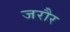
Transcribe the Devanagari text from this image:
जरौर